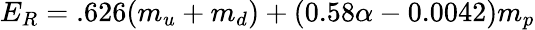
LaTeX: E_{R}=.626(m_{u}+m_{d})+(0.58\alpha-0.0042)m_{p}